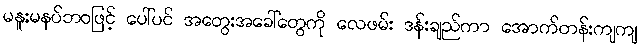
မနူးမနပ်ဘဝဖြင့် ပေါ်ပင် အတွေးအခေါ်တွေကို လေဖမ်း ဒန်းချည်ကာ အောက်တန်းကျကျ